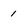
Character: 1